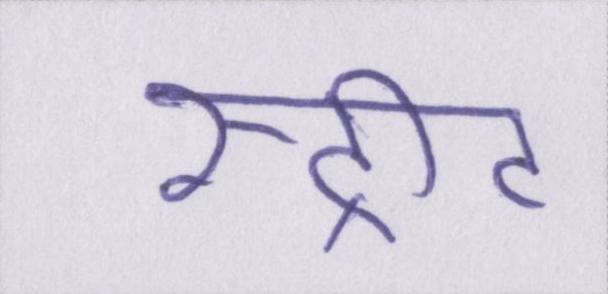
स्ट्रीट